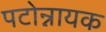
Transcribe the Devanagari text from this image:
पटोन्नायक